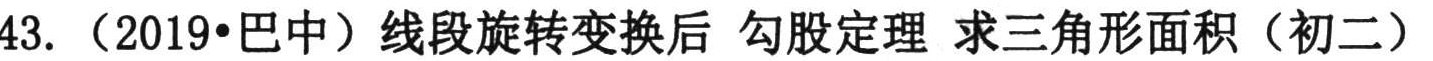
43.（2019•巴中）线段旋转变换后 勾股定理 求三角形面积（初二）